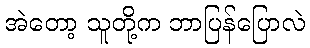
အဲတော့ သူတို့က ဘာပြန်ပြောလဲ